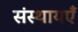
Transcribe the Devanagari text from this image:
संस्थायएँ